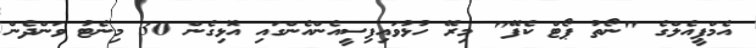
އެމްޕީއެލްގެ "ނޯތު ޕޯޓް ކެފޭ" މިރޭ ހުޅުވައިފިސީއެންއެންގައި އޮޅިގެން 30 މިނެޓު ވަންދެން